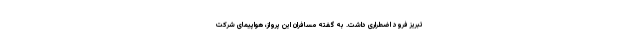
تبریز فرود اضطراری داشت. به گفته مسافران این پرواز، هواپیمای شرکت